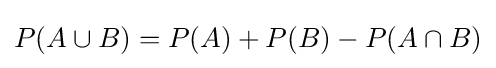
P(A\cup B)=P(A)+P(B)-P(A\cap B)